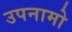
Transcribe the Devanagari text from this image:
उपनामो